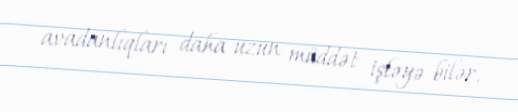
avadanlıqları daha uzun müddət işləyə bilər.